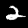
Digit: 2